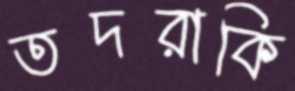
তদরাকি